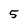
Character: 5